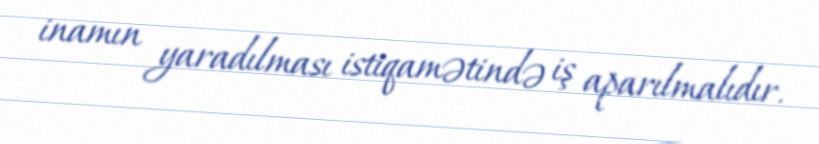
inamın yaradılması istiqamətində iş aparılmalıdır.